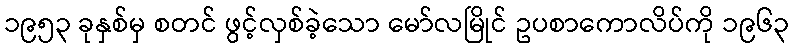
၁၉၅၃ ခုနှစ်မှ စတင် ဖွင့်လှစ်ခဲ့သော မော်လမြိုင် ဥပစာကောလိပ်ကို ၁၉၆၃